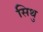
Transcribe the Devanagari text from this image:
सिथु